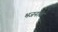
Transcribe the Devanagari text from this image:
भजनांत